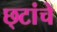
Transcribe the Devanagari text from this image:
छ्टांचे